Indian Civil Veterinary Department memoirs
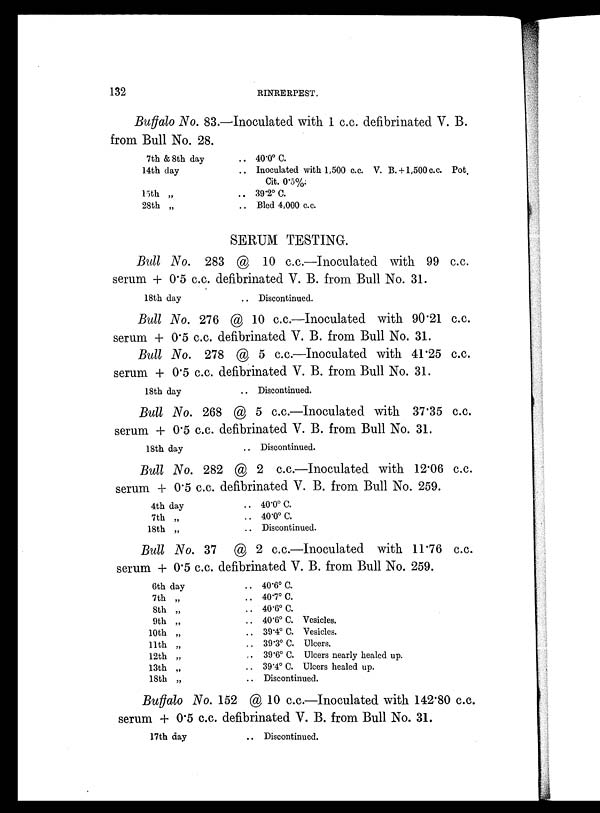
132
RINRERPEST.
Buffalo No. 83.—Inoculated with 1 c.c. defibrinated V. B.
from Bull No. 28.
7th & 8th day
14th day
15th „
28th „
.. 40.0º C.
.. Inoculated with 1,500 c.c. V. B.+1,500 c.c. Pot.
Cit. 0.5%;
.. 39.2º C.
.. Bled 4,000 c.c.
SERUM TESTING.
Bull No. 283 @ 10 c.c.—Inoculated with 99 c.c.
serum + 0.5 c.c. defibrinated V. B. from Bull No. 31.
18th day
.. Discontinued.
Bull No. 276 @ 10 c.c.—Inoculated with 90.21 c.c.
serum + 0.5 c.c. defibrinated V. B. from Bull No. 31.
Bull No. 278 @ 5 c.c.—Inoculated with 41.25 c.c.
serum + 0.5 c.c. defibrinated V. B. from Bull No. 31.
18th day
.. Discontinued.
Bull No. 268 @ 5 c.c.—Inoculated with 37.35 c.c.
serum + 0.5 c.c. defibrinated V. B. from Bull No. 31.
18th day
.. Discontinued.
Bull No. 282 @ 2 c.c.—Inoculated with 12.06 c.c.
serum + 0.5 c.c. defibrinated V. B. from Bull No. 259.
4th day
7th „
18th „
.. 40.0º C.
.. 40.0º C.
.. Discontinued.
Bull No. 37 @ 2 c.c.—Inoculated with 11.76 c.c.
serum + 0.5 c.c. defibrinated V. B. from Bull No. 259.
6th day
7th „
8th „
9th „
10th „
11th „
12th „
13th „
18th „
.. 40.6º C.
.. 40.7º C.
.. 40.6º C.
.. 40.6º C. Vesicles.
.. 39.4º C. Vesicles.
.. 39.3º C. Ulcers.
.. 39.6º C. Ulcers nearly healed up.
.. 39.4º C. Ulcers healed up.
.. Discontinued.
Buffalo No. 152 @ 10 c.c.—Inoculated with 142.80 c.c.
serum + 0.5 c.c. defibrinated V. B. from Bull No. 31.
17th day
.. Discontinued.